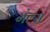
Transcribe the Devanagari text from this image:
मंल्स